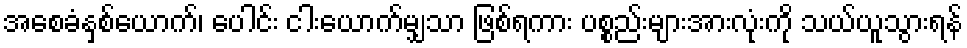
အစေခံနှစ်ယောက်၊ ပေါင်း ငါးယောက်မျှသာ ဖြစ်ရကား ပစ္စည်းများအားလုံးကို သယ်ယူသွားရန်